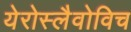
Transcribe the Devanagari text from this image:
येरोस्लैवोविच